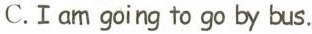
C.I am going to go by bus.